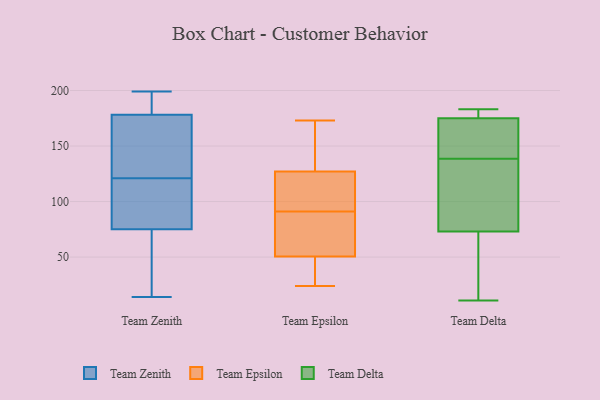
{"axis": {"x": "Production Output", "y": "Value"}, "legend": ["Team Delta", "Team Epsilon", "Team Zenith"], "data": [{"x": "", "y": 78, "type": "Team Zenith"}, {"x": "", "y": 121, "type": "Team Zenith"}, {"x": "", "y": 192, "type": "Team Zenith"}, {"x": "", "y": 14, "type": "Team Zenith"}, {"x": "", "y": 164, "type": "Team Zenith"}, {"x": "", "y": 183, "type": "Team Zenith"}, {"x": "", "y": 199, "type": "Team Zenith"}, {"x": "", "y": 25, "type": "Team Zenith"}, {"x": "", "y": 111, "type": "Team Zenith"}, {"x": "", "y": 74, "type": "Team Zenith"}, {"x": "", "y": 142, "type": "Team Zenith"}, {"x": "", "y": 92, "type": "Team Epsilon"}, {"x": "", "y": 92, "type": "Team Epsilon"}, {"x": "", "y": 29, "type": "Team Epsilon"}, {"x": "", "y": 121, "type": "Team Epsilon"}, {"x": "", "y": 39, "type": "Team Epsilon"}, {"x": "", "y": 133, "type": "Team Epsilon"}, {"x": "", "y": 90, "type": "Team Epsilon"}, {"x": "", "y": 94, "type": "Team Epsilon"}, {"x": "", "y": 158, "type": "Team Epsilon"}, {"x": "", "y": 134, "type": "Team Epsilon"}, {"x": "", "y": 24, "type": "Team Epsilon"}, {"x": "", "y": 79, "type": "Team Epsilon"}, {"x": "", "y": 67, "type": "Team Epsilon"}, {"x": "", "y": 173, "type": "Team Epsilon"}, {"x": "", "y": 59, "type": "Team Epsilon"}, {"x": "", "y": 42, "type": "Team Epsilon"}, {"x": "", "y": 143, "type": "Team Delta"}, {"x": "", "y": 183, "type": "Team Delta"}, {"x": "", "y": 77, "type": "Team Delta"}, {"x": "", "y": 11, "type": "Team Delta"}, {"x": "", "y": 73, "type": "Team Delta"}, {"x": "", "y": 177, "type": "Team Delta"}, {"x": "", "y": 167, "type": "Team Delta"}, {"x": "", "y": 21, "type": "Team Delta"}, {"x": "", "y": 175, "type": "Team Delta"}, {"x": "", "y": 134, "type": "Team Delta"}]}